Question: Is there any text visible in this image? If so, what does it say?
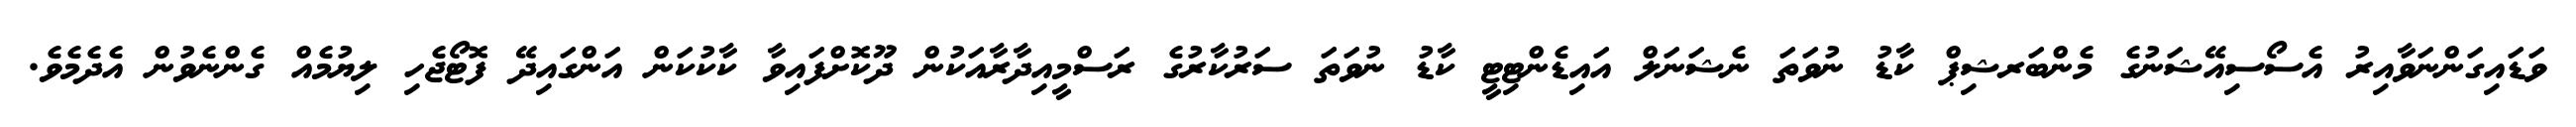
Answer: ވަޑައިގަންނަވާއިރު އެސޯސިއޭޝަނުގެ މެންބަރޝިޕް ކާޑު ނުވަތަ ނެޝަނަލް އައިޑެންޓިޓީ ކާޑު ނުވަތަ ސަރުކާރުގެ ރަސްމީއިދާރާއަކުން ދޫކޮށްފައިވާ ކާކުކަން އަންގައިދޭ ފޮޓޯޖެހި ލިޔުމެއް ގެންނެވުން އެދެމެވެ.